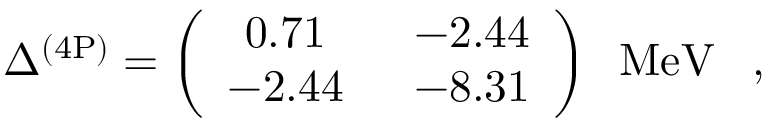
\Delta ^ { ( 4 \mathrm { P } ) } = \left( \begin{array} { c c } { { 0 . 7 1 \; } } & { { \; - 2 . 4 4 } } \\ { { - 2 . 4 4 \; } } & { { \; - 8 . 3 1 } } \end{array} \right) \; \; \mathrm { M e V } \; \; \; ,